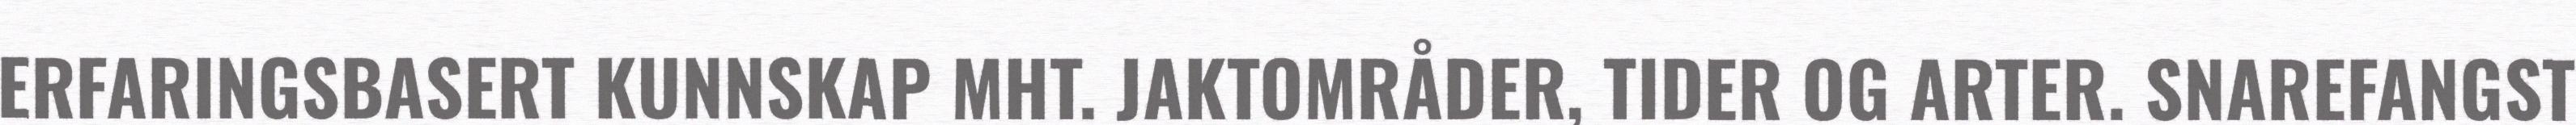
ERFARINGSBASERT KUNNSKAP MHT. JAKTOMRÅDER, TIDER OG ARTER. SNAREFANGST